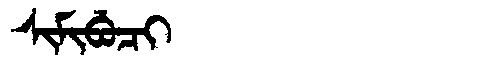
Manchu: ᠰᡳᠮᡳᠪᡠᠴᡳ
Romanization: SIMIBUCI